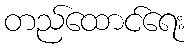
တည်ထောင်ရေး